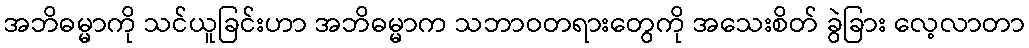
အဘိဓမ္မာကို သင်ယူခြင်းဟာ အဘိဓမ္မာက သဘာဝတရားတွေကို အသေးစိတ် ခွဲခြား လေ့လာတာ